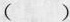
( )